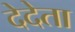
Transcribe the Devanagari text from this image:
देदेता